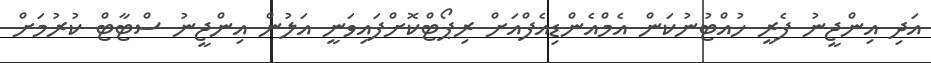
އަދި އިންޖީނު ފެރީ ހުއްޓުނުކަން އެމްއެންޑިއެފްއަށް ރިޕޯޓްކޮށްފައިވަނީ އަލުން އިންޖީނު ސްޓާޓް ކުރުމަށް